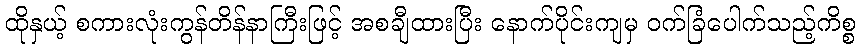
ထိုနှယ့် စကားလုံးကွန်တိန်နာကြီးဖြင့် အစချီထားပြီး နောက်ပိုင်းကျမှ ဝက်ခြံပေါက်သည့်ကိစ္စ